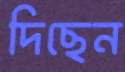
দিছেন